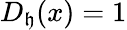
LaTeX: D_{\mathfrak{h}}(x)=1